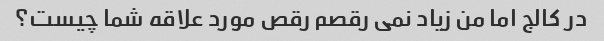
در کالج اما من زیاد نمی رقصم رقص مورد علاقه شما چیست؟